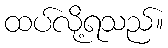
ထပ်လို့ရသည်။